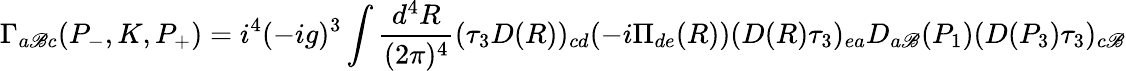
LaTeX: \Gamma_{a\mathscr{B}c}(P_{-},K,P_{+})=i^{4}(-ig)^{3}\int\frac{{d^{4}R}}{{(2\pi)^{4}}}(\tau_{3}D(R))_{cd}(-i\Pi_{de}(R))(D(R)\tau_{3})_{ea}D_{a\mathscr{B}}(P_{1})(D(P_{3})\tau_{3})_{c\mathscr{B}}